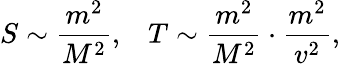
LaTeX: S\sim{\frac{m^{2}}{M^{2}}},\, \, \, \, \, T\sim{\frac{m^{2}}{M^{2}}}\cdot{\frac{m^{2}}{v^{2}}},